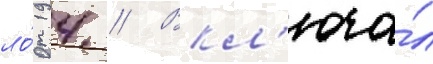
ло́т 14 // Вкл'юча́л